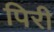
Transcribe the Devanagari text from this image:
पिरी